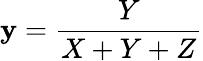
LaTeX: \mathbf{y}={\frac{{Y}}{{X+Y+Z}}}